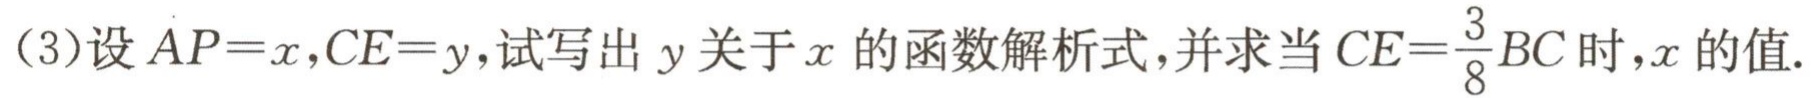
(3)设\(AP = x\)，\(CE = y\)，试写出\(y\)关于\(x\)的函数解析式，并求当\(CE=\frac{3}{8}BC\)时，\(x\)的值.